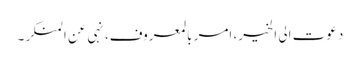
دعوت الی الخیر، امر بالمعروف، نہی عن المنکر۔